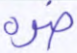
ضره